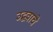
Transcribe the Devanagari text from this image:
उद्धवाचे